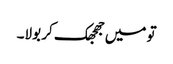
تو میں جھجھک کر بولا۔